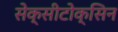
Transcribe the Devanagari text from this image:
सेक्सीटोक्सिन